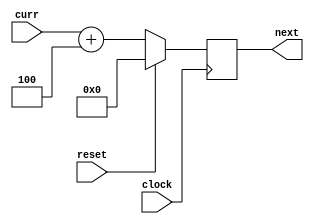
module PC(input clock, reset,
			input [31:0] curr,
			output reg [31:0] next);

	
	always @(posedge clock) begin
		if (reset == 1) 
			next = 0;
		else 
			next = curr + 4; 
	end
endmodule